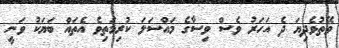
ވޭތުވެދިޔަ ދެ އަހަރު ވެސް ވިސާގެ މައްސަލަ ކުރިމަތިވެ އެތައް ބަޔަކު ވަނީ